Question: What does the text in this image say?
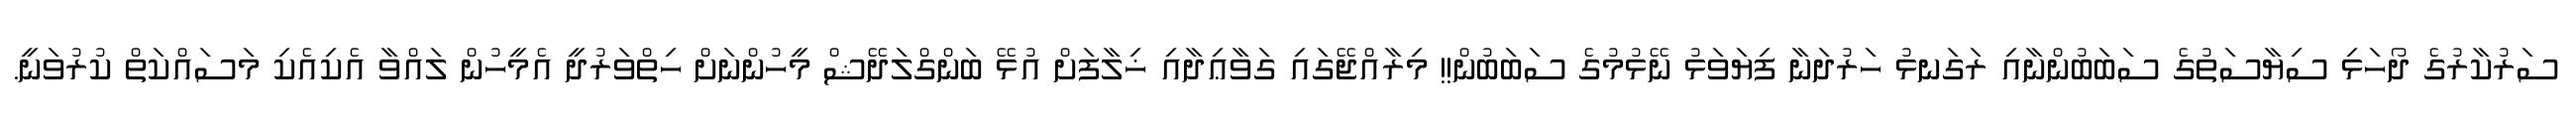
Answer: ސަރުކާރުގެ ދޯހަޅި ސިޔާސަތުގެ ސަބަބުންނާއި ރަގަނޅު ހަރުދަނާ ފިޔަވަޅު ނޭޅުމުގެ ސަބަބުން!! މިރާއްޖޭގައި ގަވާޢިދާއި ޚިލާފަށް އުޅޭ ބަންގްލަދޭޝް މީހުންނަށް ހިތްވަރުދީ އެމީހުން ލައްވާ އެކިއެކި މަސައްކަތް ކުރުވަނީ.